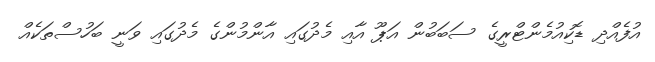
އުފެއްދި ޑޮކިއުމެންޓްރީގެ ސަބަބުން އަޕޫ އާއި މެދުގައި އާންމުންގެ މެދުގައި ވަނީ ބަހުސްތަކެއް